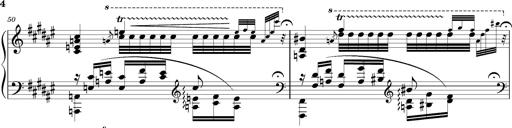
Title: Schlummerlied mit Arabesken
Composer: Franz Liszt
Key: F-sharp major